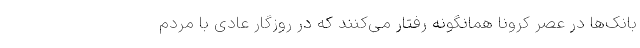
بانک‌ها در عصر کرونا همانگونه رفتار می‌کنند که در روزگار عادی با مردم